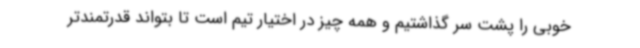
خوبی را پشت سر گذاشتیم و همه چیز در اختیار تیم است تا بتواند قدرتمندتر